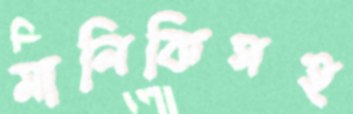
মালিকিসহ